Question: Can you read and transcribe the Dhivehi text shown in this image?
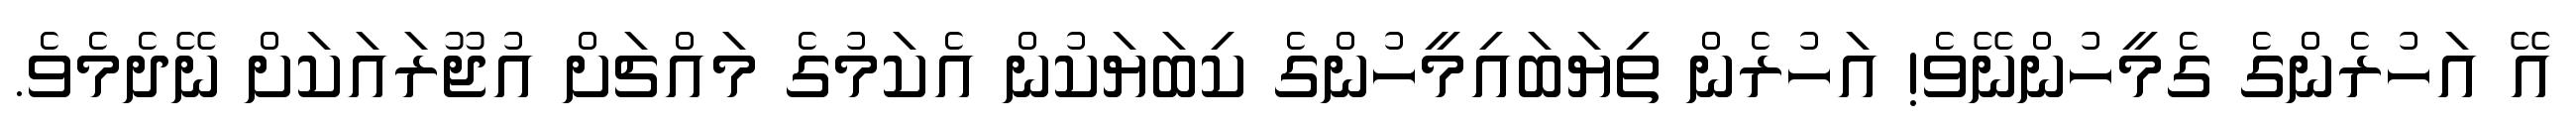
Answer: އޭ އަހުރެންގެ ގެމީހުންނޭވެ! އަހުރެން ތިޔަބައިމީހުންގެ ކިބަޔަކުން އެކަމުގެ މައްޗަށް އުޖޫރައަކަށް ނޭދެމެވެ.